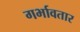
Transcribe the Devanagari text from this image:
गर्भावतार